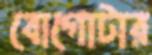
বোগোটার